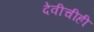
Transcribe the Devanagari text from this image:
देवीचीही